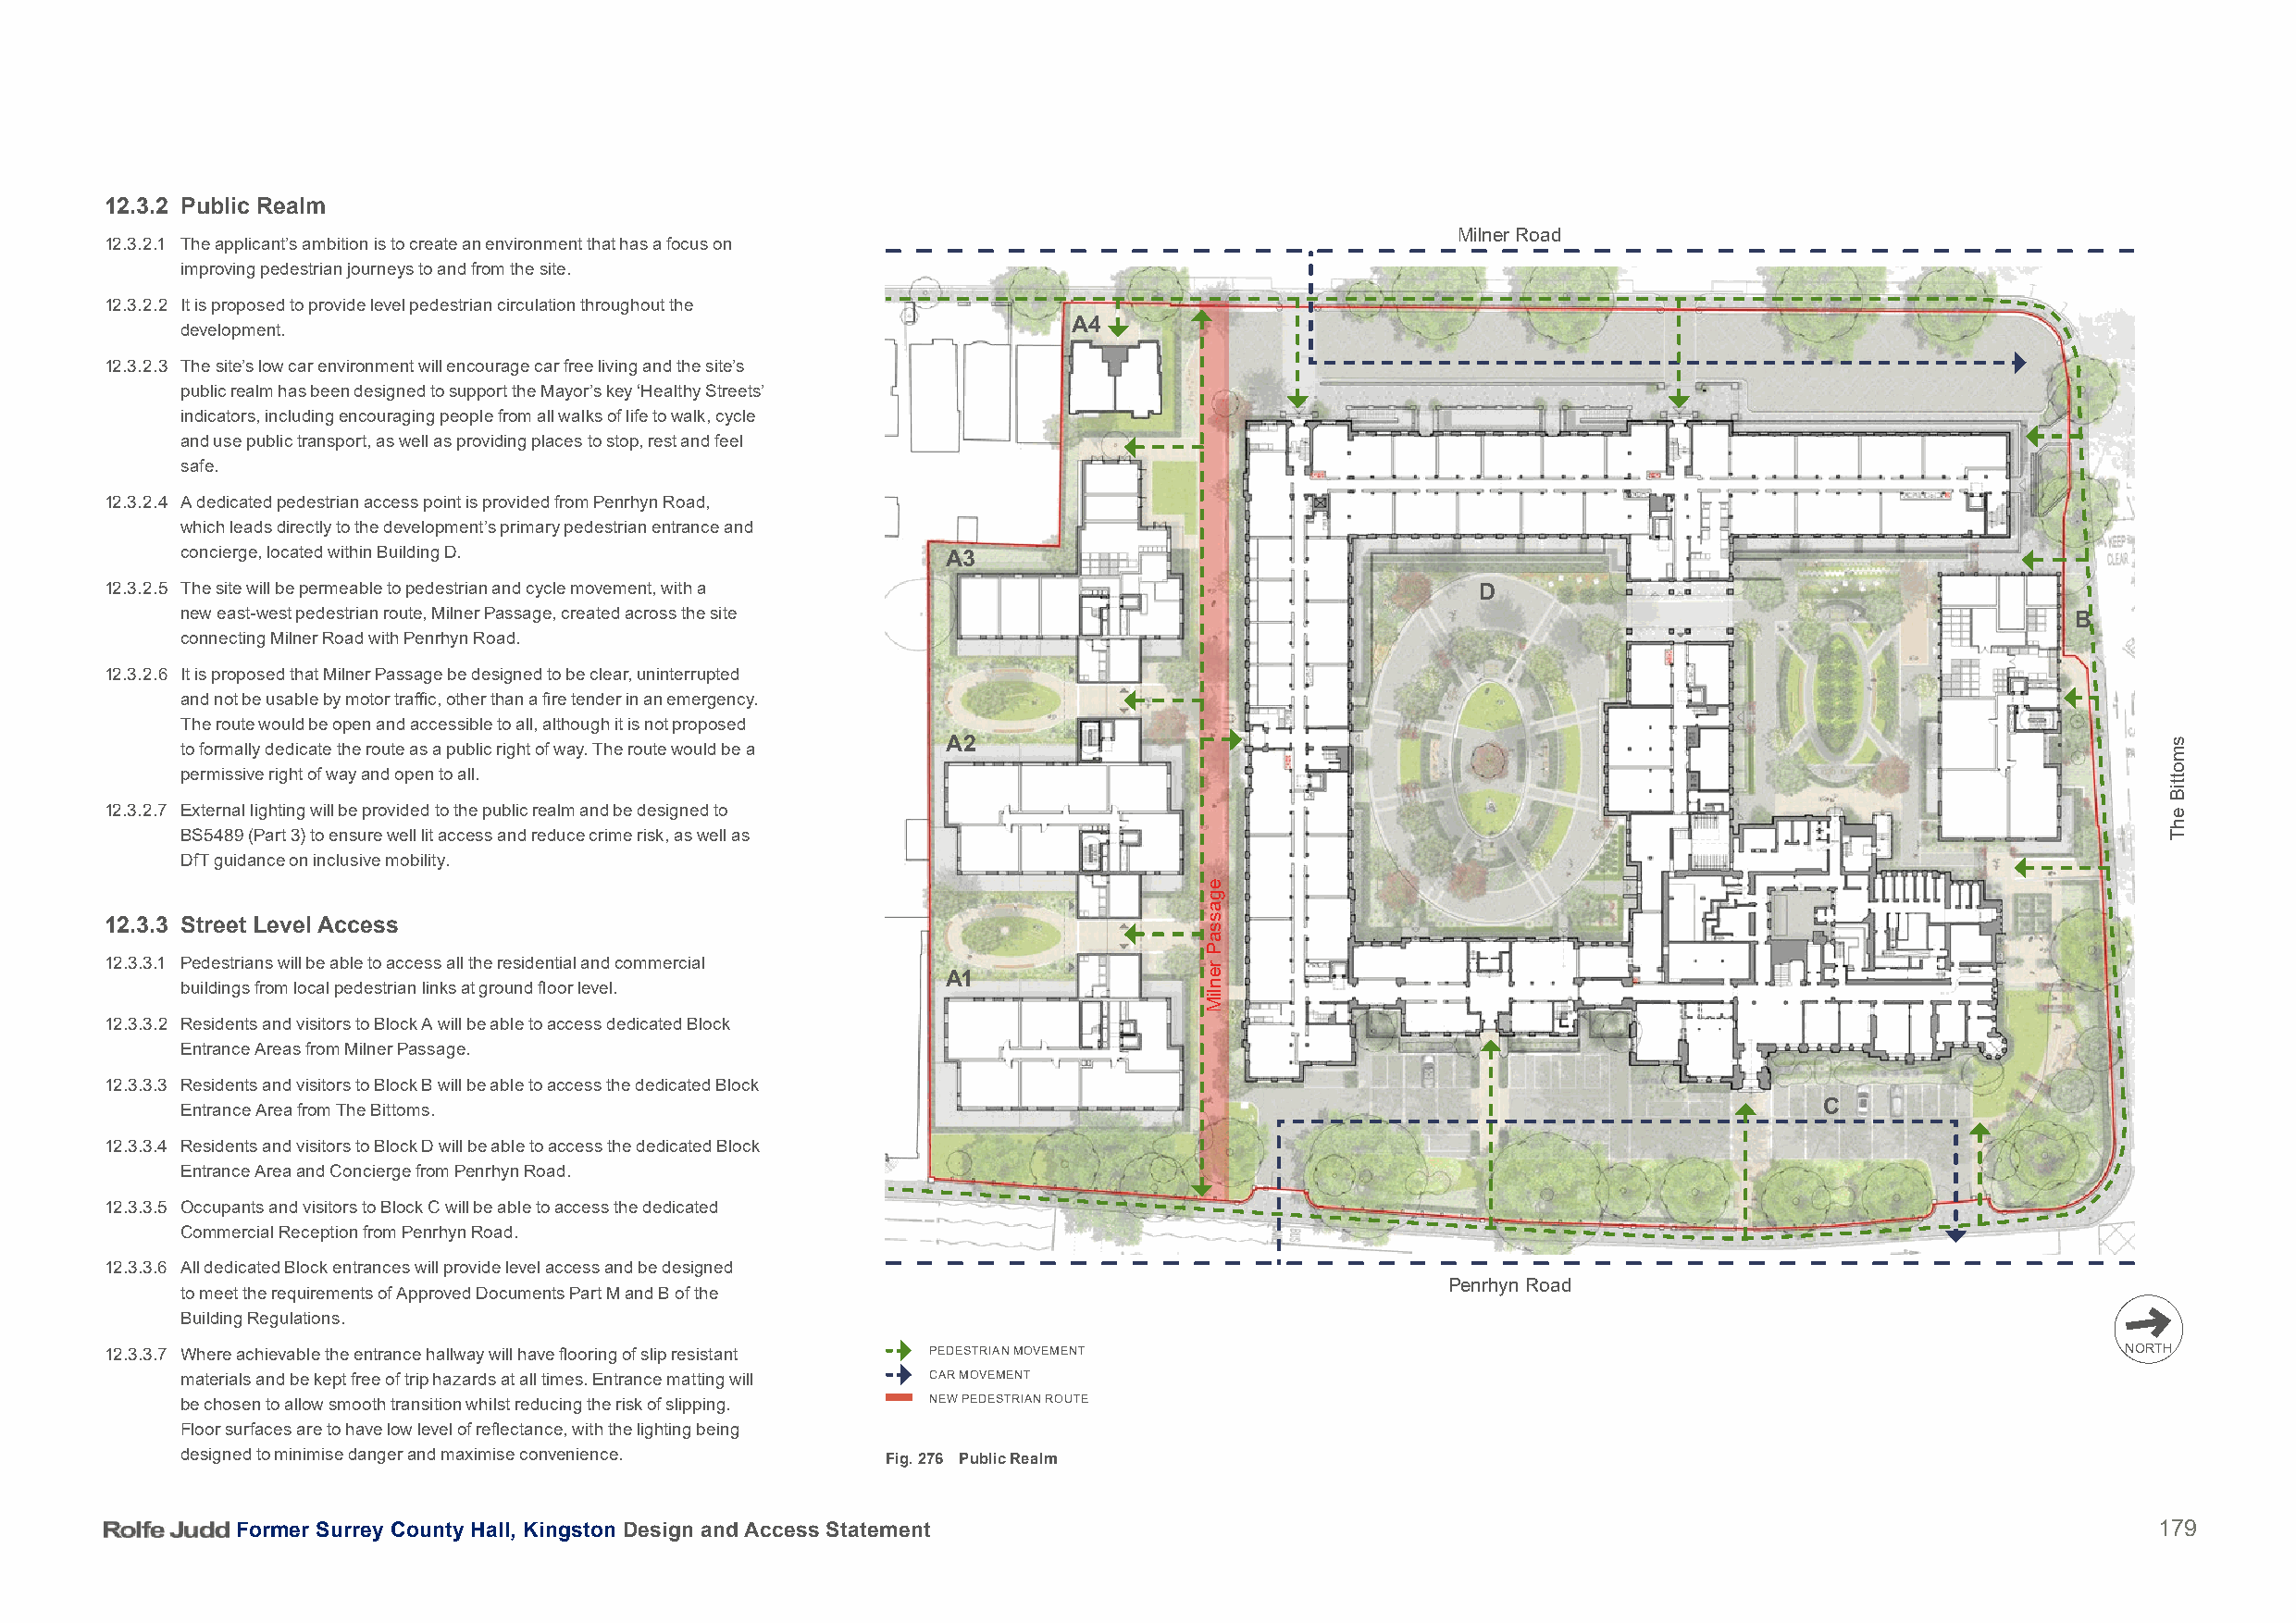
12.3.2 Public Realm
 Milner Road
 12.3.2.1 The applicant’s ambition is to create an environment that has a focus on
 improving pedestrian journeys to and from the site.
 12.3.2.2 It is proposed to provide level pedestrian circulation throughout the
 A4
 development.
 12.3.2.3 The site’s low car environment will encourage car free living and the site’s
 public realm has been designed to support the Mayor’s key ‘Healthy Streets’
 indicators, including encouraging people from all walks of life to walk, cycle
 and use public transport, as well as providing places to stop, rest and feel
 safe.
 12.3.2.4 A dedicated pedestrian access point is provided from Penrhyn Road,
 which leads directly to the development’s primary pedestrian entrance and
 concierge, located within Building D.                  A3
 12.3.2.5 The site will be permeable to pedestrian and cycle movement, with a                       D
 new east-west pedestrian route, Milner Passage, created across the site
 B
 connecting Milner Road with Penrhyn Road.
 12.3.2.6 It is proposed that Milner Passage be designed to be clear, uninterrupted
 and not be usable by motor traffic, other than a fire tender in an emergency.
 The route would be open and accessible to all, although it is not proposed
 A2
 to formally dedicate the route as a public right of way. The route would be a
 permissive right of way and open to all.
 12.3.2.7 External lighting will be provided to the public realm and be designed to
 BS5489 (Part 3) to ensure well lit access and reduce crime risk, as well as
 DfT guidance on inclusive mobility.
 12.3.3 Street Level Access
 12.3.3.1 Pedestrians will be able to access all the residential and commercial
 A1
 buildings from local pedestrian links at ground floor level.
 12.3.3.2 Residents and visitors to Block A will be able to access dedicated Block
 Entrance Areas from Milner Passage.
 12.3.3.3 Residents and visitors to Block B will be able to access the dedicated Block
 Entrance Area from The Bittoms.                                                                                      C
 12.3.3.4 Residents and visitors to Block D will be able to access the dedicated Block
 Entrance Area and Concierge from Penrhyn Road.
 12.3.3.5 Occupants and visitors to Block C will be able to access the dedicated
 Commercial Reception from Penrhyn Road.
 12.3.3.6 All dedicated Block entrances will provide level access and be designed
 Penrhyn Road
 to meet the requirements of Approved Documents Part M and B of the
 Building Regulations.
 12.3.3.7 Where achievable the entrance hallway will have flooring of slip resistant PEDESTRIAN MOVEMENT                                          NORTH
 materials and be kept free of trip hazards at all times. Entrance matting will CAR MOVEMENT
 be chosen to allow smooth transition whilst reducing the risk of slipping. NEW PEDESTRIAN ROUTE
 Floor surfaces are to have low level of reflectance, with the lighting being
 designed to minimise danger and maximise convenience.
 Fig. 276 Public Realm
 Former Surrey County Hall, Kingston Design and Access Statement                                                                          179
 egassaP
 renliM
 smottiB
 ehT